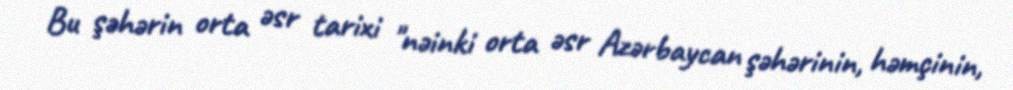
Bu şəhərin orta əsr tarixi "nəinki orta əsr Azərbaycan şəhərinin, həmçinin,